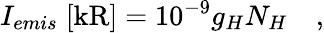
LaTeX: I_{emis}\; [\mathrm{kR}]=10^{-9}g_{H}N_{H}\quad,